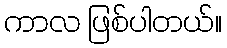
ကာလ ဖြစ်ပါတယ်။